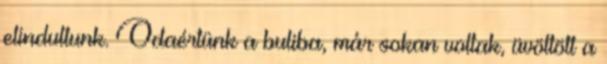
elindultunk. Odaértünk a buliba, már sokan voltak, üvöltött a